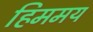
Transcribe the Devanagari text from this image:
हिममय